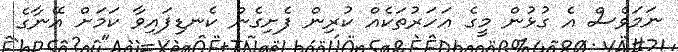
ނަމަވެސް އެ ގުޅުން މީގެ އަހަރުތަކެއް ކުރިން ފެށިގެން ކެނޑިފައިވާ ކަމަށް އޭނާގެ